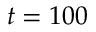
t = 1 0 0